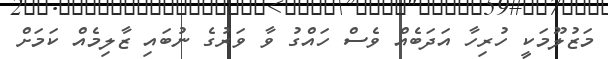
މަޒުލޫމަކީ ހުރިހާ އަދަބެއް ވެސް ހައްގު ވާ ވަރުގެ ނުބައި ޒާލިމެއް ކަމަށް